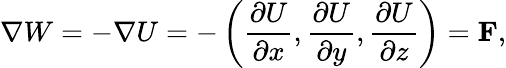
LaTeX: \nabla W=-\nabla U=-\left({\frac{\partial U}{\partial x}},{\frac{\partial U}{\partial y}},{\frac{\partial U}{\partial z}}\right)=\mathbf{F},